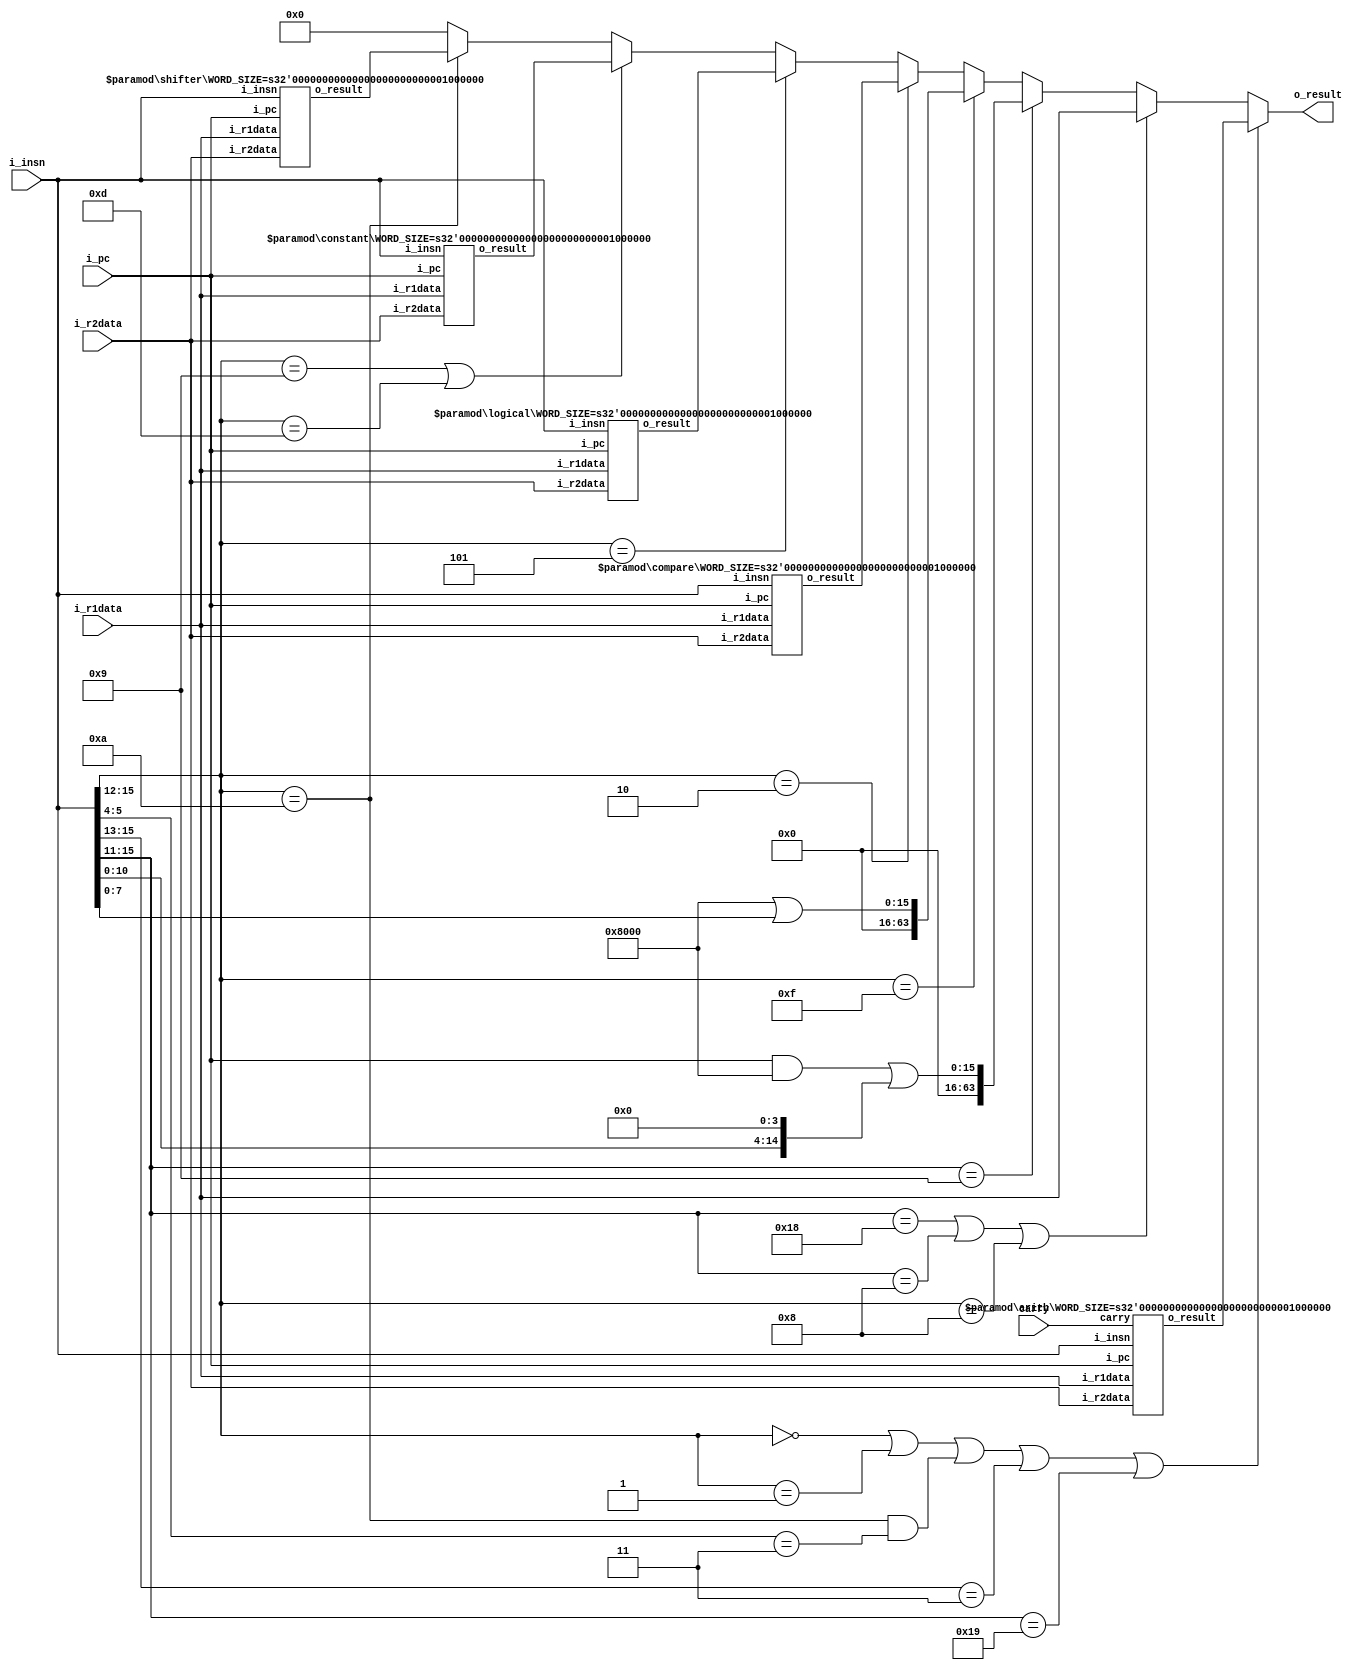
`timescale 1ns / 1ps


module lc4_alu(i_insn, i_pc, i_r1data, i_r2data, carry, o_result);
   parameter WORD_SIZE = 64;
   parameter DADDR = 4;
   parameter INSN = 19;
   parameter IADDR = 10;

   input [INSN:0] i_insn;
   input [IADDR:0] i_pc;
   input [WORD_SIZE-1:0] i_r1data, i_r2data;
   input carry;
   output [WORD_SIZE-1:0] o_result;


   wire [WORD_SIZE-1:0] r_arith, r_logical, r_shift, r_const, r_cmp, shifted;
   wire [3:0] insn;
   wire [15:0] pcJSR, pcTRAP;

   arith #(.WORD_SIZE(WORD_SIZE))
      ari0 (i_insn, i_pc, i_r1data, i_r2data, carry, r_arith);
   logical #(.WORD_SIZE(WORD_SIZE))
      log0 (i_insn, i_pc, i_r1data, i_r2data, r_logical);
   shifter #(.WORD_SIZE(WORD_SIZE))
      shift0 (i_insn, i_pc, i_r1data, i_r2data, r_shift);
   constant #(.WORD_SIZE(WORD_SIZE))
      const0 (i_insn, i_pc, i_r1data, i_r2data, r_const);
   compare #(.WORD_SIZE(WORD_SIZE))
      cmp0 (i_insn, i_pc, i_r1data, i_r2data, r_cmp);
   //leftShift #(.WORD_SIZE(WORD_SIZE))
      //shift1 ({5'b0, i_insn[10:0]}, 16'd4, shifted);
   assign shifted = {{{1'b0},i_insn[10:0]}, 4'b0};
   assign pcJSR = (i_pc & 16'h8000) | shifted[15:0];
   assign pcTRAP = 16'h8000 | {8'b0, i_insn[7:0]};

   assign insn = i_insn[15:12];
   assign o_result = insn == 4'b0 || insn == 4'b1 || (insn == 4'b1010 && i_insn[5:4] == 2'b11)
                     || i_insn[15:13] == 3'b011 || i_insn[15:11] == 5'b11001 ? r_arith :
                     (i_insn[15:11] == 5'b11000 || i_insn[15:11] == 5'b01000 || insn == 4'b1000 ? i_r1data :      //JMPR, JSRR, RTI
                     (i_insn[15:11] == 5'b01001 ? {48'b0, pcJSR} :                                      //JSR
                     (insn == 4'b1111 ? {48'b0, pcTRAP} :                                               //TRAP
                     (insn == 4'b0010 ? r_cmp :
                     (insn == 4'b0101 ? r_logical :
                     (insn == 4'b1001 || insn == 4'b1101 ? r_const :
                     (insn == 4'b1010 ? r_shift : 16'b0))))))) ;

endmodule

//ldr,str

//arithmetic, BR, NOP, LDR, STR, JMP,
module arith(i_insn, i_pc, i_r1data, i_r2data, carry, o_result);
   parameter WORD_SIZE = 16;
   parameter INSN = 19;
   parameter IADDR = 10;

   input [INSN:0] i_insn;
   input [IADDR:0] i_pc;
   input [WORD_SIZE-1:0] i_r1data, i_r2data;
   input carry;
   output [WORD_SIZE-1:0] o_result;

   //assign r2 = i_insn[15:12] == 4'b0 ? i_pc + 1'b1 : 1_r2data;
   assign o_result = i_insn[15:9] == 7'b0 ? i_pc + 16'b1 + {{7{i_insn[8]}}, i_insn[8:0]}:              //NOP
                     (i_insn[15:13] == 3'b011 ? i_r1data + {{10{i_insn[5]}}, i_insn[5:0]} :  //ldr, str
                     (i_insn[5:4] == 2'b11 && i_insn[15:12] == 4'b1010 ? {carry, i_r2data[WORD_SIZE-1:1]} :
                     (i_insn[15:12] == 4'b0 ? {{7{i_insn[8]}}, i_insn[8:0]} + i_pc + 16'b1 :  //BR
                     (i_insn[15:11] == 5'b11001 ? {{5{i_insn[10]}}, i_insn[10:0]} + i_pc + 16'b1 :  // JMP
                     (i_insn[5:3] == 3'b0 ? i_r1data + i_r2data :    //add
                     (i_insn[5:3] == 3'b1 ? {WORD_SIZE{i_r2data[0]}} : //TODO need to change to R1          //mul aka CHECK
                     (i_insn[5:3] == 3'b010 ? i_r1data - i_r2data :  //sub
                     (i_insn[5:3] == 3'b011 ? {1'b0, i_r1data[WORD_SIZE-1:1]} :  //div aka SDR1
                     (i_insn[5] == 1'b1 ? i_r1data + {{(WORD_SIZE-5){i_insn[4]}}, i_insn[4:0]} : 16'hDEAD))))))))); //add
    //assign o_result = {(WORD_SIZE){1'b0}};

endmodule

module logical(i_insn, i_pc, i_r1data, i_r2data, o_result);
   parameter WORD_SIZE = 16;
   parameter INSN = 19;
   parameter IADDR = 10;

   input [INSN:0] i_insn;
   input [IADDR:0] i_pc;
   input [WORD_SIZE-1:0] i_r1data, i_r2data;
   output [WORD_SIZE-1:0] o_result;

   //assign o_result = i_insn[5:3] == 3'b0 ? i_r1data & i_r2data :    //and
                        //(i_insn[5:3] == 3'b1 ? ~i_r1data :          //not
                        //(i_insn[5:3] == 3'b010 ? i_r1data | i_r2data :  //or
                        //(i_insn[5:3] == 3'b011 ? i_r1data ^ i_r2data :          //xor
                        //(i_insn[5] == 1'b1 ? i_r1data & {{11{i_insn[4]}}, i_insn[4:0]}: 16'b0)))); //AND
  assign o_result = {WORD_SIZE{1'b0}};

endmodule

module constant(i_insn, i_pc, i_r1data, i_r2data, o_result);
   parameter WORD_SIZE = 16;
   parameter INSN = 19;
   parameter IADDR = 10;

   input [INSN:0] i_insn;
   input [IADDR:0] i_pc;
   input [WORD_SIZE-1:0] i_r1data, i_r2data;
   output [WORD_SIZE-1:0] o_result;
   wire [WORD_SIZE-1:0] r;
   assign r = i_r1data & 16'hFF; // TODO NEED TO PAD WITH 0's to fill out word_size
   assign o_result = i_insn[15:12] == 4'b1001 ? {{WORD_SIZE - 16 + 7{i_insn[8]}}, i_insn[8:0]} : // CONST
                    (i_insn[15:12] == 4'b1101 ? {r[15:8] | i_insn[7:0], r[7:0]} : 16'b0 ); // HIGH CONST
endmodule


//0010
module compare(i_insn, i_pc, i_r1data, i_r2data, o_result);
   parameter WORD_SIZE = 16;
   parameter INSN = 19;
   parameter IADDR = 10;

   input [INSN:0] i_insn;
   input [IADDR:0] i_pc;
   input [WORD_SIZE-1:0] i_r1data, i_r2data;
   output [WORD_SIZE-1:0] o_result;
   wire [15:0] r2;
   wire [16:0] ext1, ext2, s;
   // TODO Need to modify this logic
   assign r2 = i_insn[8] == 0 ? i_r2data : (i_insn[7] == 0 ? {{9{i_insn[6]}}, i_insn[6:0]} : {9'b0, i_insn[6:0]});
   // if bit 7 is 0, signed comparison
   assign ext1 = i_insn[7] == 1'b0 ? {i_r1data[15], i_r1data[15:0]} : {1'b0, i_r1data[15:0]};
   assign ext2 = i_insn[7] == 1'b0 ? {r2[15], r2[15:0]} : {1'b0, r2[15:0]};
   assign s = ext1 - ext2;
   assign o_result = s[16] == 1 ? 16'hFFFF  : (s == 0 ? 16'b0 : 16'h1);
endmodule

module shifter(i_insn, i_pc, i_r1data, i_r2data, o_result);
   parameter WORD_SIZE = 16;
   parameter INSN = 19;
   parameter IADDR = 10;

   input [INSN:0] i_insn;
   input [IADDR:0] i_pc;
   input [WORD_SIZE-1:0] i_r1data, i_r2data;
   output [WORD_SIZE-1:0] o_result;
   wire [WORD_SIZE-1:0] sll, sra, srl;

   leftShift #(.WORD_SIZE(WORD_SIZE)) shift0 (i_r1data, {12'b0, i_insn[3:0]}, sll);
   rightShiftLogical #(.WORD_SIZE(WORD_SIZE)) shift1 (i_r1data, {12'b0, i_insn[3:0]}, srl);
   rightShiftAri #(.WORD_SIZE(WORD_SIZE)) shift2 (i_r1data, {12'b0, i_insn[3:0]}, sra);
   assign o_result = i_insn[5:4] == 2'b0 ? sll :
                     (i_insn[5:4] == 2'b1 ? sra :
                     (i_insn[5:4] == 2'b10 ? srl :
                     16'hDEAD));
                     //{carry, i_r2data[WORD_SIZE-1:1]})); //mod aka SDR2
endmodule

//barrel shifter
module leftShift(i_value, i_shift, out);
   parameter WORD_SIZE = 16;
   input [WORD_SIZE-1:0] i_value;
   input [15:0] i_shift;
   output [WORD_SIZE-1:0] out;

   assign out = i_value << i_shift;

endmodule

module rightShiftLogical(i_value, i_shift, out);
   parameter WORD_SIZE = 16;
   input [WORD_SIZE-1:0] i_value;
   input [15:0] i_shift;
   output [WORD_SIZE-1:0] out;

   assign out = i_value >> i_shift;
endmodule

  //arithmetic right shift
module rightShiftAri(i_value, i_shift, out);
   parameter WORD_SIZE = 16;
   input [WORD_SIZE-1:0] i_value;
   input [15:0] i_shift;
   output [WORD_SIZE-1:0] out;

   assign out = $signed(i_value) >> i_shift;
 endmodule